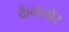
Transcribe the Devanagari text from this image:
क्रैंगनोर